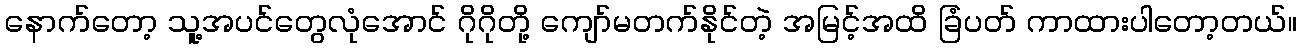
နောက်တော့ သူ့အပင်တွေလုံအောင် ဂိုဂိုတို့ ကျော်မတက်နိုင်တဲ့ အမြင့်အထိ ခြံပတ် ကာထားပါတော့တယ်။